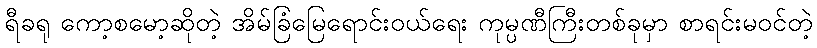
ရီခရု ကော့စမော့ဆိုတဲ့ အိမ်ခြံမြေရောင်းဝယ်ရေး ကုမ္ပဏီကြီးတစ်ခုမှာ စာရင်းမဝင်တဲ့